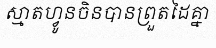
ស្មាតហ្វូនចិនបានព្រួតដៃគ្នា